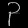
Digit: ၃